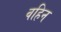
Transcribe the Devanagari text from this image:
वहिन